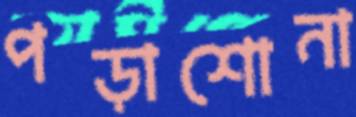
পড়াশোনা